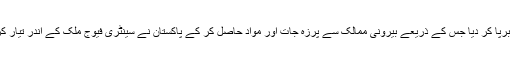
یوں اُنہوں نے ایک طرح سے اس شعبے میں پاکستان کیلئے ایک صنعتی انقلاب برپا کر دیا جس کے ذریعے بیرونی ممالک سے پرزہ جات اور مواد حاصل کر کے پاکستان نے سینٹری فیوج ملک کے اندر تیار کرنے شروع کر دئے جو پاکستان کے جوہری پروگرام کیلئے انتہائی اہم ثابت ہوا۔